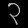
Digit: ၃